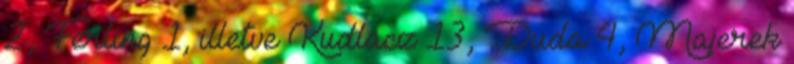
2, Ferling 1, illetve Kudlacz 13, Duda 4, Majerek